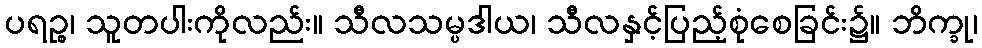
ပရဉ္စ၊ သူတပါးကိုလည်း။ သီလသမ္ပဒါယ၊ သီလနှင့်ပြည့်စုံစေခြင်း၌။ ဘိက္ခု၊